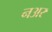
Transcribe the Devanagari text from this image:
नअर